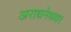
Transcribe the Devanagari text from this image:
अराधनेश्रवर